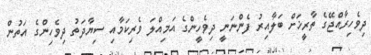
ދިވެހިރާއްޖޭގެ ތާރީޚަށް ބަލާއިރު ފެންނަނީ ދިވެހީންގެ އަމިއްލަ ވެރިކަމާއި ސިޔާދަތު ދިވެހިންގެ އަތުން